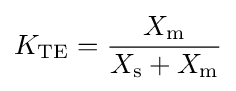
K_{\text{TE}}={\frac {X_{\text{m}}}{X_{\text{s}}+X_{\text{m}}}}